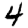
Digit: 4